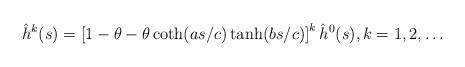
LaTeX: \begin{align*}\hat{h}^{k}(s)=\left[ 1-\theta-\theta\coth(as/c)\tanh(bs/c)\right] ^{k}\hat{h}^{0}(s),k=1,2,\ldots\end{align*}